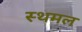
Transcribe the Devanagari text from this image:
स्थमल